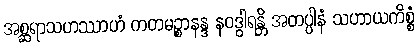
အစ္ဆရာသဟဿာဟံ ကတမဉ္စာနန္ဒ နဝဒွါရန္တိ အတပ္ပါနံ သဟာယကိစ္စံ